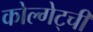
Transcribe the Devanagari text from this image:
कोल्गेट्ची